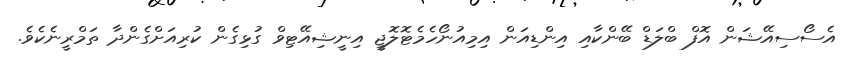
އެސޯސިއޭޝަން އޮފް ބްލަޑް ބޭންކާއި އިންޑިއަން އިމިއުނޯހެމެޓޮލޮޖީ އިނީޝިއޭޓިވް ގުޅިގެން ކުރިއަށްގެންދާ ތަމްރީނެކެވެ.